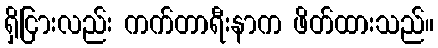
ရှိငြားလည်း ကက်တာရီးနာက ဖိတ်ထားသည်။